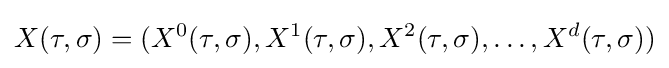
X(\tau ,\sigma )=(X^{0}(\tau ,\sigma ),X^{1}(\tau ,\sigma ),X^{2}(\tau ,\sigma ),\ldots ,X^{d}(\tau ,\sigma ))